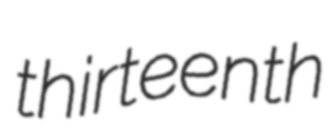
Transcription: thirteenth